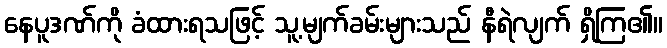
နေပူဒဏ်ကို ခံထားရသဖြင့် သူ့မျက်ခမ်းများသည် နီရဲလျက် ရှိကြ၏။